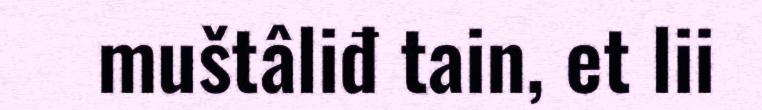
muštâliđ tain, et lii